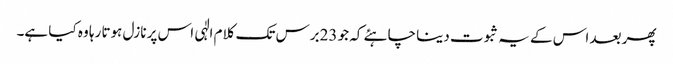
پھر بعد اس کے یہ ثبوت دینا چاہئے کہ جو 23برس تک کلام الٰہی اس پر نازل ہوتا رہا وہ کیا ہے۔